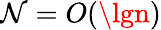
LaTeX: \mathcal{N}=O(\lgn)